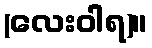
(လေးဝါရ)။